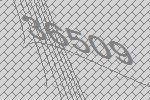
36509